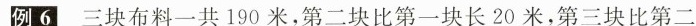
例6 三块布料一共190米，第二块比第一块长20米，第三块比第二